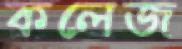
কলেজ